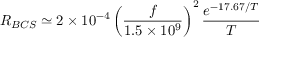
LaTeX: R _ { B C S } \simeq 2 \times 1 0 ^ { - 4 } \left( { \frac { f } { 1 . 5 \times 1 0 ^ { 9 } } } \right) ^ { 2 } { \frac { e ^ { - 1 7 . 6 7 / T } } { T } }